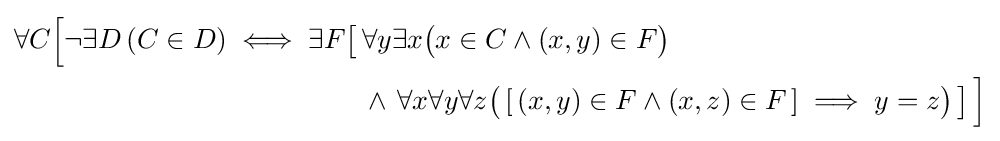
{\begin{aligned}\forall C{\Bigl [}\lnot \exists D\left(C\in D\right)\iff \exists F{\bigl [}&\,\forall y\exists x{\bigl (}x\in C\land (x,y)\in F{\bigr )}\\&\,\land \,\forall x\forall y\forall z{\bigl (}\,[\,(x,y)\in F\land (x,z)\in F\,]\implies y=z{\bigr )}\,{\bigr ]}\,{\Bigr ]}\end{aligned}}